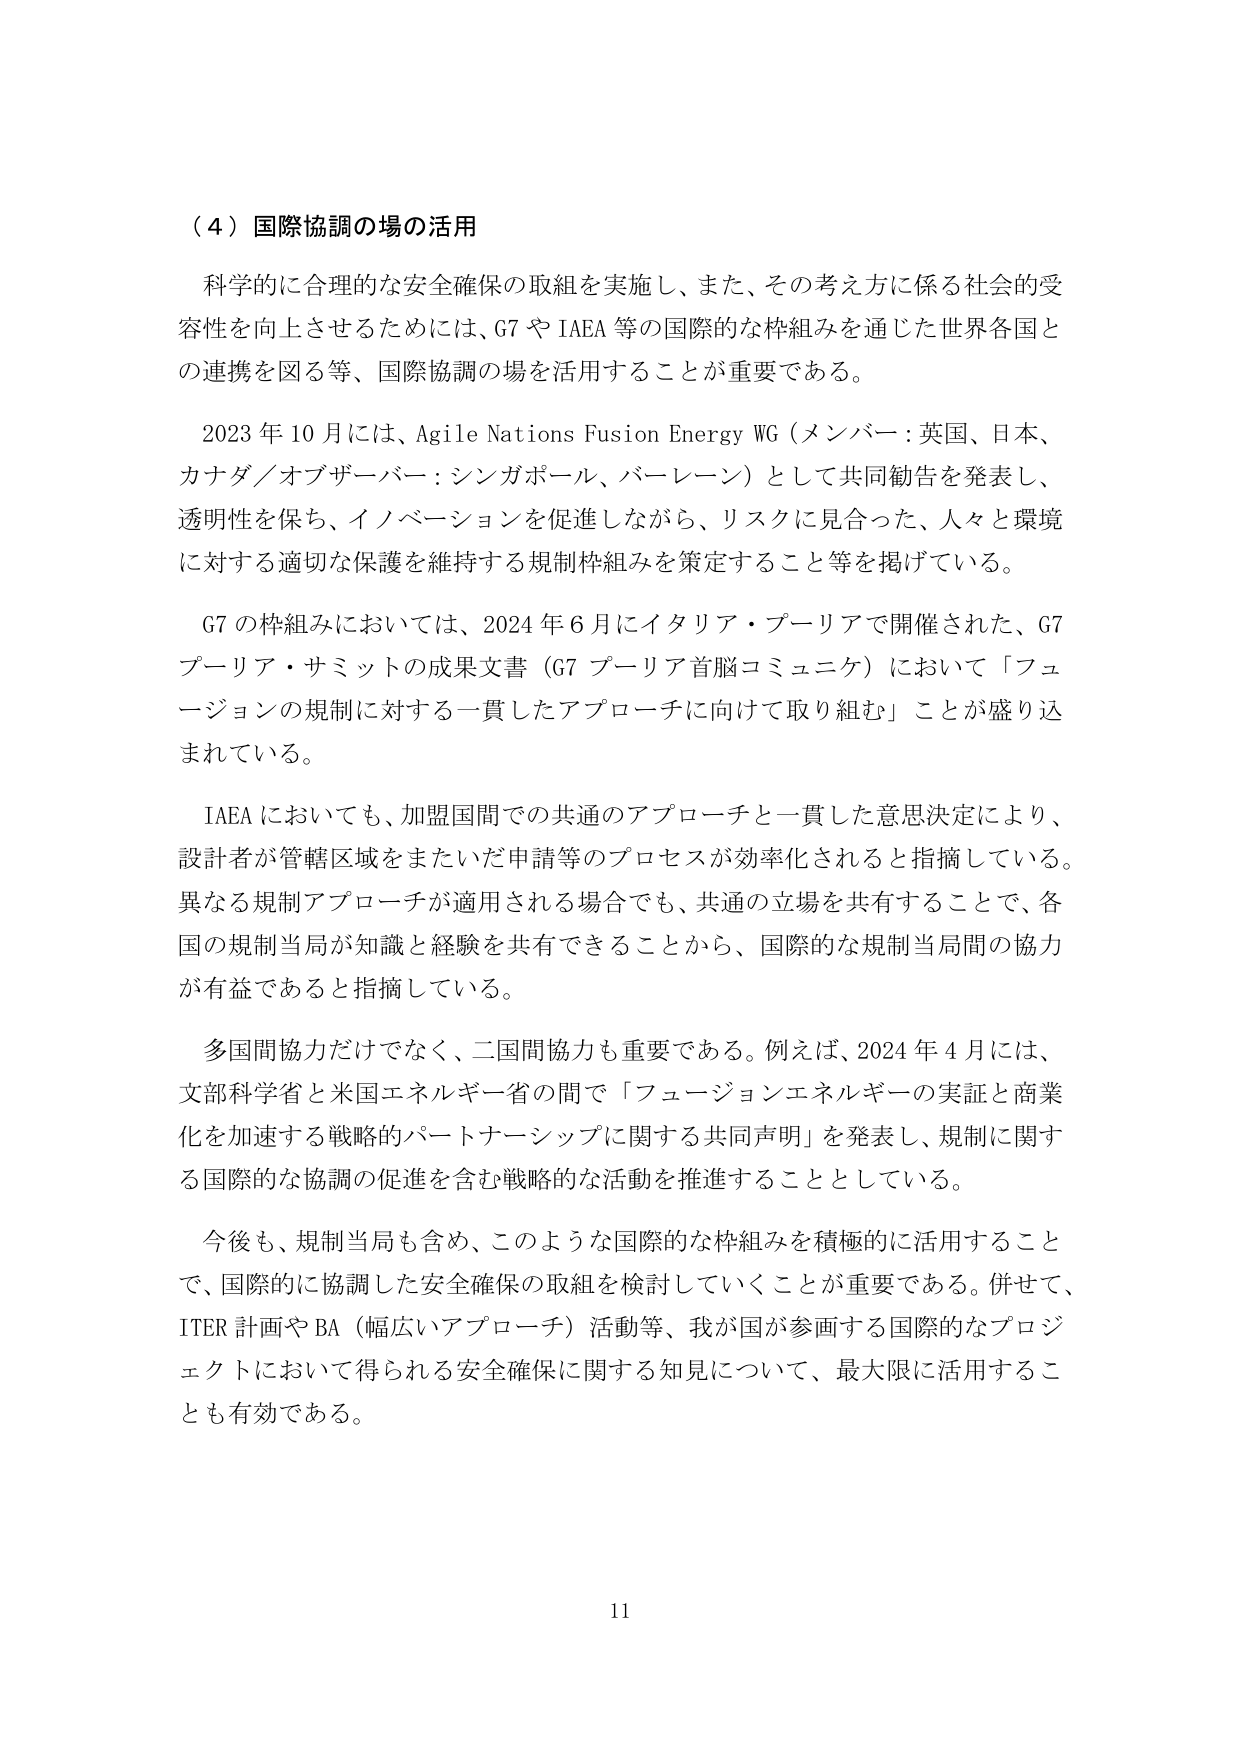
（４）国際協調の場の活用

科学的に合理的な安全確保の取組を実施し、また、その考え方に関係する社会的受容性を向上させるためには、G7やIAEA等の国際的な枠組みを通じた世界各国との連携を図る等、国際協調の場を活用することが重要である。

2023年10月には、Agile Nations Fusion Energy WG（メンバー：英国、日本、カナダ／オブザーバー：シンガポール、バーレーン）として共同勧告を発表し、透明性を保ち、イノベーションを促進しながら、リスクに見合った、人々と環境に対する適切な保護を維持する規制枠組みを策定すること等を掲げている。

G7の枠組みにおいては、2024年6月にイタリア・プーリアで開催された、G7プーリア・サミットの成果文書（G7プーリア首脳コミュニケ）において「フュージョンの規制に対する一貫したアプローチに向けて取り組む」ことが盛り込まれている。

IAEAにおいても、加盟国間での共通のアプローチと一貫した意思決定により、設計者が管轄区域をまたいだ申請等のプロセスが効率化されると指摘している。異なる規制アプローチが適用される場合でも、共通の立場を共有することで、各国の規制当局が知識と経験を共有できることから、国際的な規制当局間の協力が有益であると指摘している。

多国間協力だけでなく、二国間協力も重要である。例えば、2024年4月には、文部科学省と米国エネルギー省の間で「フュージョンエネルギーの実証と商業化を加速する戦略的パートナーシップに関する共同声明」を発表し、規制に関する国際的な協調の促進を含む戦略的な活動を推進することとしている。

今後も、規制当局も含め、このような国際的な枠組みを積極的に活用することで、国際的に協調した安全確保の取組を検討していくことが重要である。併せて、ITER計画やBA（幅広いアプローチ）活動等、我が国が参画する国際的なプロジェクトにおいて得られる安全確保に関する知見について、最大限に活用することも有効である。

11